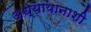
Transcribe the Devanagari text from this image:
अध्यायानाशी